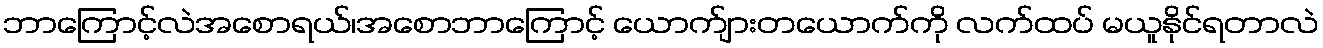
ဘာကြောင့်လဲအစောရယ်၊အစောဘာကြောင့် ယောက်ျားတယောက်ကို လက်ထပ် မယူနိုင်ရတာလဲ